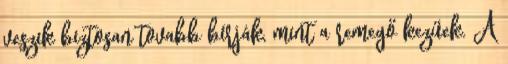
veszik biztosan tovabb bírják, mint a remegő kezűek. A